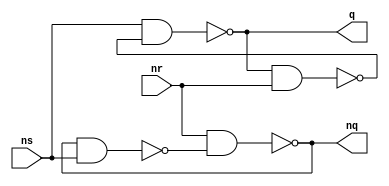
module Latch(
  input ns,
  input nr,
  output q,
  output nq
);

  // INSERT LOGIC HERE
  assign q = ~(ns & ~(q & nr));
  assign nq = ~(nr & ~(nq & ns));

endmodule